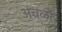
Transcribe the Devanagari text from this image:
अंचळो